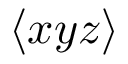
\langle x y z \rangle